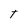
Character: t